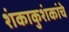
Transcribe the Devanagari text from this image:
शंकाकुशंकांचे